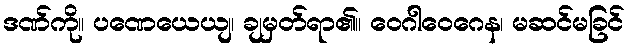
ဒဏ်ကို။ ပဏေယေယျ၊ ချမှတ်ရာ၏။ ဝေဂါဝေဂေန၊ မဆင်မခြင်